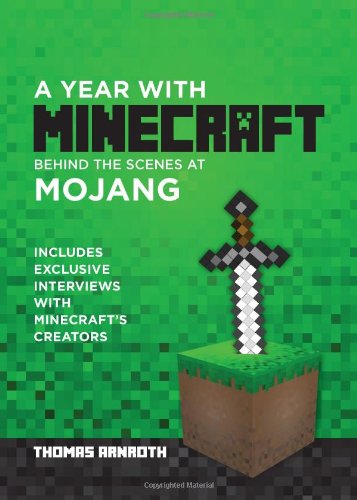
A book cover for A Year with Minecraft: Behind the Scenes at Mojang; Thomas Arnroth; Humor & Entertainment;